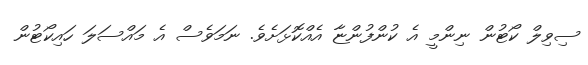
ސިވިލް ކޯޓުން ނިންމީ އެ ކުންފުންޏާ އެއްކޮޅަށެވެ. ނަމަވެސް އެ މައްސަލަ ހައިކޯޓުން